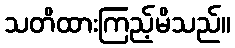
သတိထားကြည့်မိသည်။